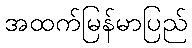
အထက်မြန်မာပြည်